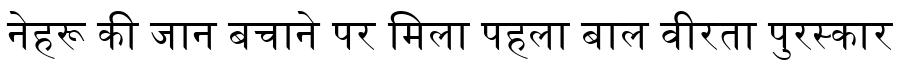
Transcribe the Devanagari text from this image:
नेहरू की जान बचाने पर मिला पहला बाल वीरता पुरस्कार